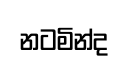
නටමින්ද